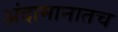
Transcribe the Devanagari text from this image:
अंदामानातच